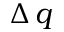
\Delta \, q